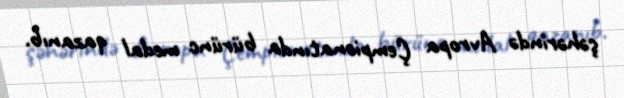
şəhərində Avropa Çempionatında bürünc medal qazanıb.